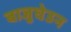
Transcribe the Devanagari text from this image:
बाजुघेउन